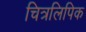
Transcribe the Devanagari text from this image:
चित्रलिपिक